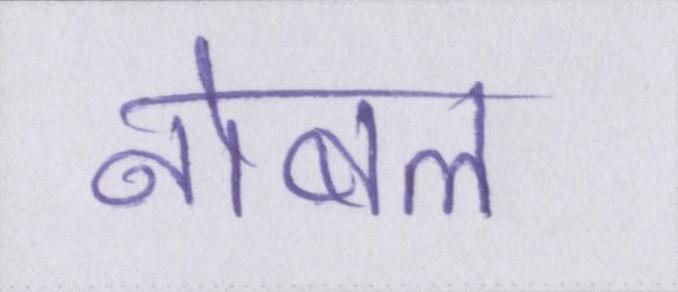
नोबल